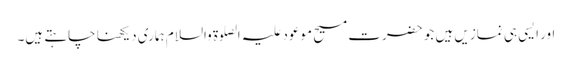
اور ایسی ہی نمازیں ہیں جو حضرت مسیح موعود علیہ الصلوۃ والسلام ہماری دیکھنا چاہتے ہیں۔